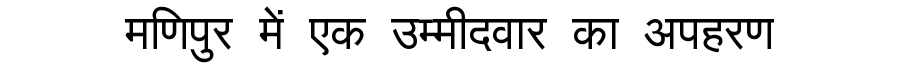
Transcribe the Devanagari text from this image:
मणिपुर में एक उम्मीदवार का अपहरण